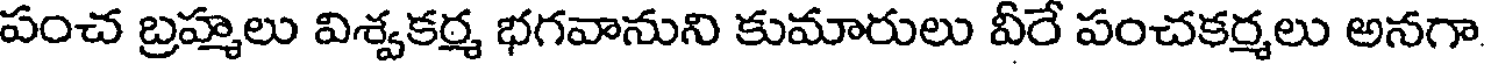
పంచ బ్రహ్మలు విశ్వకర్మ భగవానుని కుమారులు వీరే పంచకర్మలు అనగా